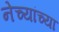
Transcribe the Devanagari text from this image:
नेच्यांच्या